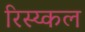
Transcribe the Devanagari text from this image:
रिस्य्कल